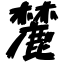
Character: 麓